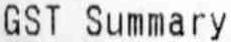
GST SUMMARY